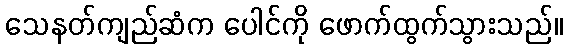
သေနတ်ကျည်ဆံက ပေါင်ကို ဖောက်ထွက်သွားသည်။